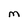
Character: M